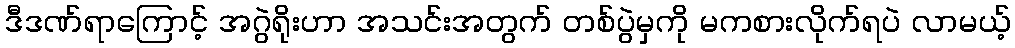
ဒီဒဏ်ရာကြောင့် အဂွဲရိုးဟာ အသင်းအတွက် တစ်ပွဲမှကို မကစားလိုက်ရပဲ လာမယ့်